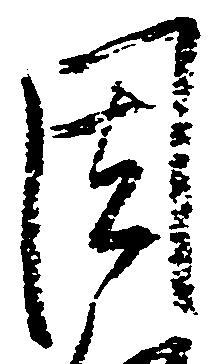
周